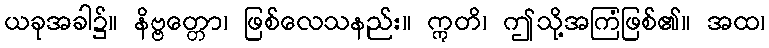
ယခုအခါ၌။ နိဗ္ဗတ္တော၊ ဖြစ်လေသနည်း။ ဣတိ၊ ဤသို့အကြံဖြစ်၏။ အထ၊